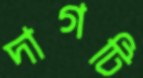
দাগটি